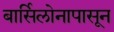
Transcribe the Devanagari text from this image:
बार्सिलोनापासून